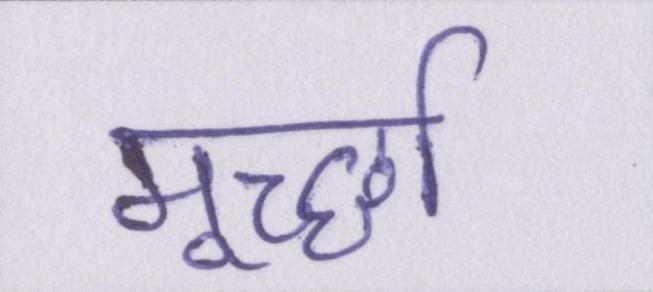
मूर्च्छा